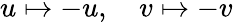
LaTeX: u\mapsto-u,\quad v\mapsto-v